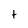
Character: t